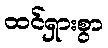
ထင်ရှားစွာ